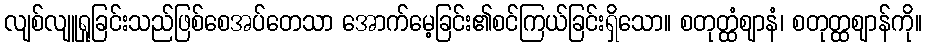
လျစ်လျူရှုခြင်းသည်ဖြစ်စေအပ်တေသာ အောက်မေ့ခြင်း၏စင်ကြယ်ခြင်းရှိသော။ စတုတ္ထံဈာနံ၊ စတုတ္ထဈာန်ကို။